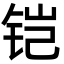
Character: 铠